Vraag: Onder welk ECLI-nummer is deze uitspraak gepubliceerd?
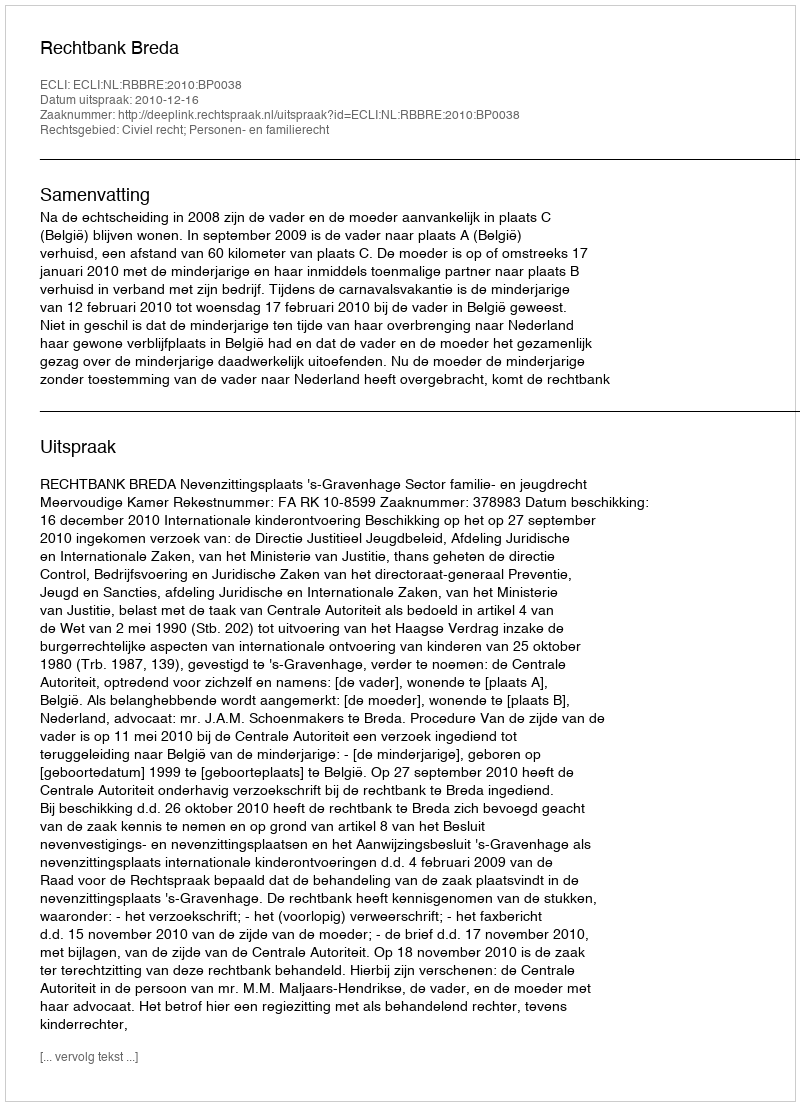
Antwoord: ECLI:NL:RBBRE:2010:BP0038